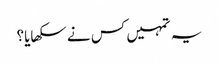
یہ تمہیں کس نے سکھایا؟